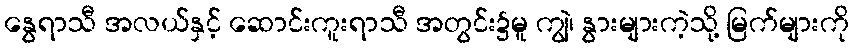
နွေရာသီ အလယ်နှင့် ဆောင်းကူးရာသီ အတွင်း၌မူ ကျွဲ၊ နွားများကဲ့သို့ မြက်များကို